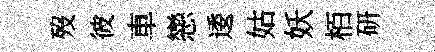
歿彼車戀逶姑妖栢研